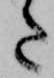
た